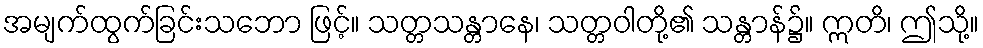
အမျက်ထွက်ခြင်းသဘော ဖြင့်။ သတ္တသန္တာနေ၊ သတ္တဝါတို့၏ သန္တာန်၌။ ဣတိ၊ ဤသို့။